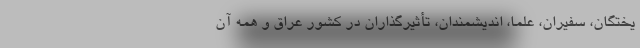
یختگان، سفیران، علما، اندیشمندان، تأثیرگذاران در کشور عراق و همه آن